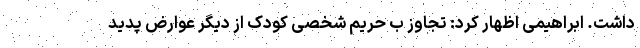
داشت. ابراهیمی اظهار کرد: تجاوز ب حریم شخصی کودک از دیگر عوارض پدید